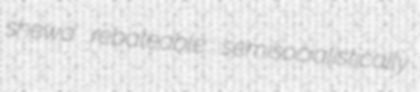
shewa rebateable semisocialistically